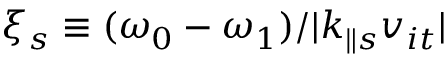
\xi _ { s } \equiv ( \omega _ { 0 } - \omega _ { 1 } ) / \lvert k _ { \parallel s } v _ { i t } \rvert